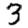
Digit: 3